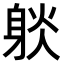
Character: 𨉇